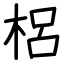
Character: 梠